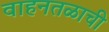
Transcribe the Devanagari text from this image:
वाहनतळाची